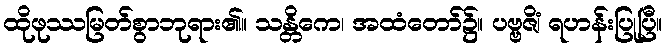
ထိုဖုဿမြတ်စွာဘုရား၏။ သန္တိကေ၊ အထံတော်၌။ ပဗ္ဗဇိံ၊ ရဟန်းပြုပြီ။